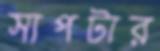
সাপটার